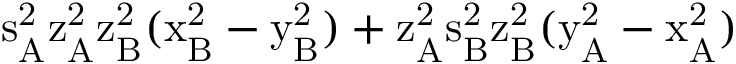
\mathrm { s _ { A } ^ { 2 } \mathrm { z _ { A } ^ { 2 } \mathrm { z _ { B } ^ { 2 } ( \mathrm { x _ { B } ^ { 2 } - \mathrm { y _ { B } ^ { 2 } ) + \mathrm { z _ { A } ^ { 2 } \mathrm { s _ { B } ^ { 2 } \mathrm { z _ { B } ^ { 2 } ( \mathrm { y _ { A } ^ { 2 } - \mathrm { x _ { A } ^ { 2 } ) } } } } } } } } } }